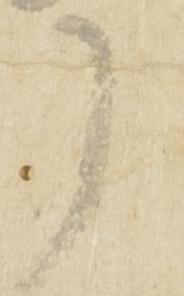
了